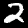
Label: 2